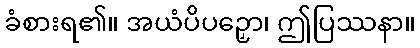
ခံစားရ၏။ အယံပိပဉှော၊ ဤပြဿနာ။